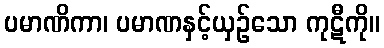
ပမာဏိကာ၊ ပမာဏနှင့်ယှဉ်သော ကုဋီကို။